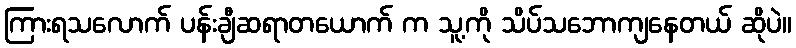
ကြားရသလောက် ပန်းချီဆရာတယောက် က သူ့ကို သိပ်သဘောကျနေတယ် ဆိုပဲ။